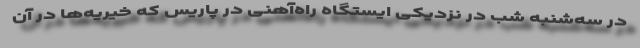
در سه‌شنبه شب در نزدیکی ایستگاه راه‌آهنی در پاریس که خیریه‌ها در آن